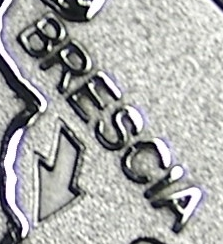
BRESCIA